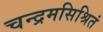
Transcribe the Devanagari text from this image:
चन्द्रमसिश्रितं